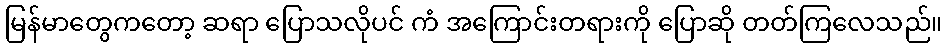
မြန်မာတွေကတော့ ဆရာ ပြောသလိုပင် ကံ အကြောင်းတရားကို ပြောဆို တတ်ကြလေသည်။